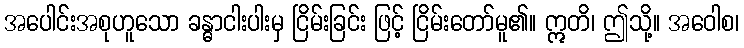
အပေါင်းအစုဟူသော ခန္ဓာငါးပါးမှ ငြိမ်းခြင်း ဖြင့် ငြိမ်းတော်မူ၏။ ဣတိ၊ ဤသို့။ အဝေါစ၊